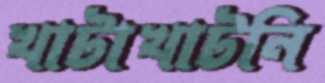
খাটাখাটনি